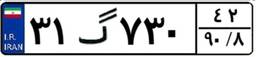
۳۱گ۷۳۰۴۲